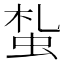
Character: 蚻